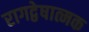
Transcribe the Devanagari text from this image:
रागद्वेषात्मक